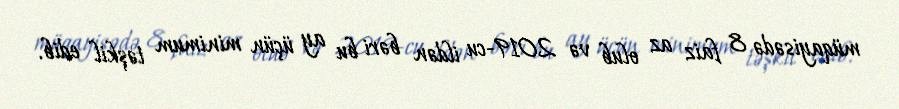
müqayisədə 8 faiz az olub və 2019-cu ildən bəri bu ay üçün minimum təşkil edib.